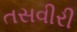
તસવીરી